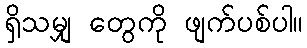
ရှိသမျှ တွေကို ဖျက်ပစ်ပါ။